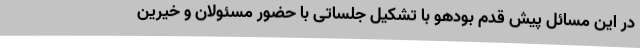
در این مسائل پیش قدم بودهو با تشکیل جلساتی با حضور مسئولان و خیرین